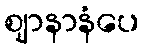
ဈာနာနံပေ